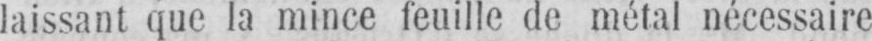
laissant que la mince feuille de métal nécessaire